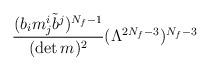
LaTeX: \begin{align*}\frac{(b_i m^i_{j} \tilde{b}^{{j}})^{N_f-1}} {(\det m)^2} (\Lambda^{2N_f-3})^{N_f-3}\end{align*}